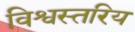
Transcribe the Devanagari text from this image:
विश्वस्तरिय